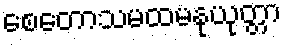
စေတောသမထမနုယုတ္တာ